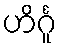
ဟိင်္ဂူ